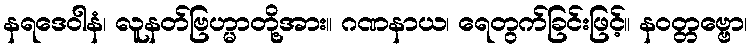
နရဒေဝါနံ၊ လူနတ်ဗြဟ္မာတို့အား။ ဂဏနာယ၊ ရေတွက်ခြင်းဖြင့်။ နဝတ္တဗ္ဗော၊